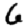
Digit: 6